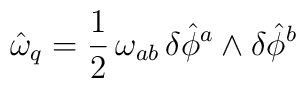
\hat{\omega}_q = \frac{1}{2} \, \omega_{ab} \, \delta \hat{\phi}^a\wedge \delta \hat{\phi}^b